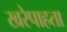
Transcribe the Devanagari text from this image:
खरेपाहता